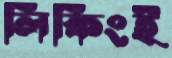
লিকিংই